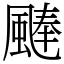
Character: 𩗴